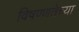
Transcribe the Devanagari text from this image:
विषण्णतेच्या